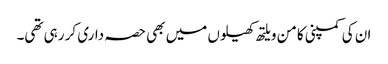
ان کی کمپنی کامن ویلتھ کھیلوں میں بھی حصہ داری کر رہی تھی۔